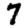
Digit: 7